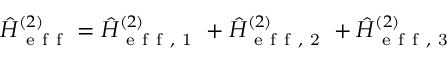
\hat { H } _ { \mathrm { ~ e ~ f ~ f ~ } } ^ { ( 2 ) } = \hat { H } _ { \mathrm { ~ e ~ f ~ f ~ , ~ 1 ~ } } ^ { ( 2 ) } + \hat { H } _ { \mathrm { ~ e ~ f ~ f ~ , ~ 2 ~ } } ^ { ( 2 ) } + \hat { H } _ { \mathrm { ~ e ~ f ~ f ~ , ~ 3 ~ } } ^ { ( 2 ) }